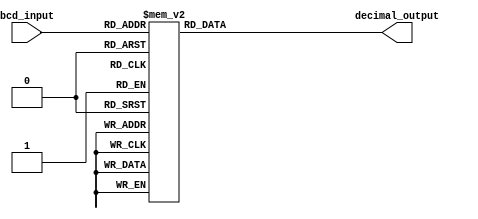
module BCD_decoder (
    input [3:0] bcd_input,
    output reg[3:0] decimal_output
);

always @* begin
    case(bcd_input)
        4'b0000: decimal_output = 4'b0000;
        4'b0001: decimal_output = 4'b0001;
        4'b0010: decimal_output = 4'b0010;
        4'b0011: decimal_output = 4'b0011;
        4'b0100: decimal_output = 4'b0100;
        4'b0101: decimal_output = 4'b0101;
        4'b0110: decimal_output = 4'b0110;
        4'b0111: decimal_output = 4'b0111;
        4'b1000: decimal_output = 4'b1000;
        4'b1001: decimal_output = 4'b1001;
        default: decimal_output = 4'b0000; // In case the input is invalid, default output is set to 0
    endcase
end

endmodule